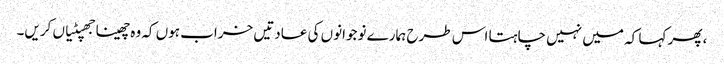
، پھر کہا کہ میں نہیں چاہتا اس طرح ہمارے نوجوانوں کی عادتیں خراب ہوں کہ وہ چھینا جھپٹیاں کریں۔